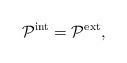
LaTeX: \begin{align*}\mathcal{P}^{\rm int}=\mathcal{P}^{\rm ext},\end{align*}